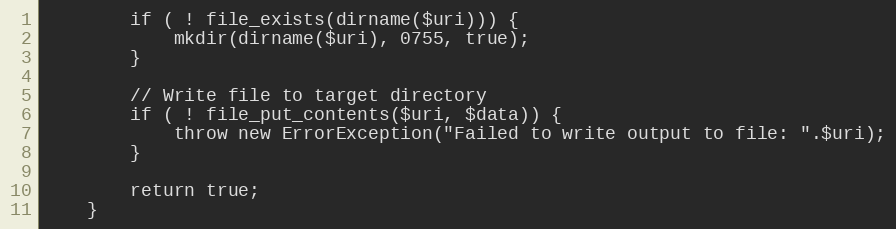
Language: PHP
        if ( ! file_exists(dirname($uri))) {
            mkdir(dirname($uri), 0755, true);
        }

        // Write file to target directory
        if ( ! file_put_contents($uri, $data)) {
            throw new ErrorException("Failed to write output to file: ".$uri);
        }

        return true;
    }